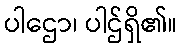
ပါဌော၊ ပါဌ်ရှိ၏။